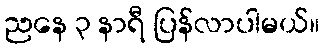
ညနေ ၃ နာရီ ပြန်လာပါမယ်။